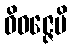
ဝိဝဇ္ဇေမိ